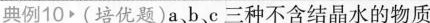
典例10·(培优题)a 、b、c三种不含结晶水的物质